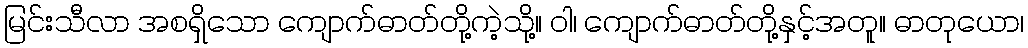
မြင်းသီလာ အစရှိသော ကျောက်ဓာတ်တို့ကဲ့သို့။ ဝါ၊ ကျောက်ဓာတ်တို့နှင့်အတူ။ ဓာတုယော၊